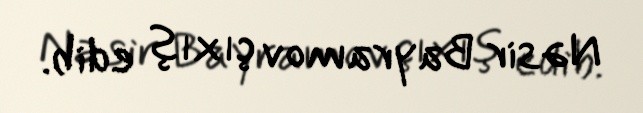
Nəsir Bayramov çıxış edib.